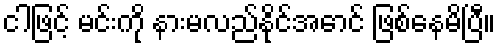
ငါဖြင့် မင်းကို နားမလည်နိုင်အောင် ဖြစ်နေမိပြီ။